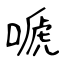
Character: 嗁